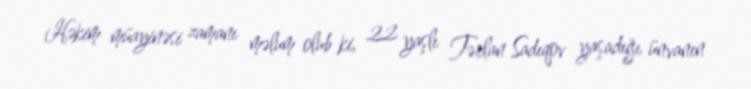
Həkim müayinəsi zamanı məlum olub ki, 22 yaşlı Tərlan Sadıqov yaşadığı ünvanın